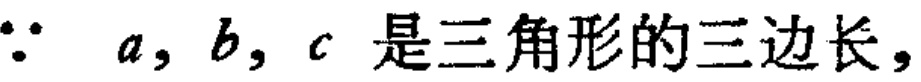
$\because\ a,b,c\text{ 是三角形的三边长，}$